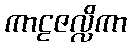
ကာဠဇလ္လိကာ